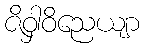
ဇိဝှါဝိညေယျာ